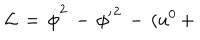
LaTeX: { \cal L } \, = \, \dot { \phi } ^ { 2 } \, - \, { \phi ^ { \prime } } ^ { 2 } \, - \, ( u ^ { 0 } \, +